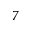
7